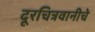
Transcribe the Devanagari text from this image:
दूरचित्रवानीचे